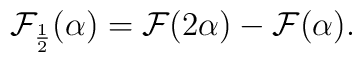
{\cal F}_{\frac{1}{2}}(\alpha) ={\cal F}(2\alpha)-{\cal F}(\alpha).